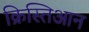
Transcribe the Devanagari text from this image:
क्रिस्तिआन